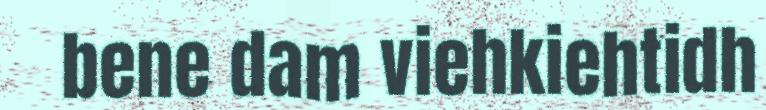
bene dam viehkiehtidh